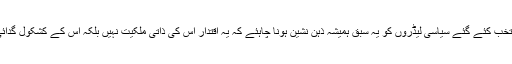
ایسی صورت میں عوام کے ذریعہ منتخب کئے گئے سیاسی لیڈروں کو یہ سبق ہمیشہ ذہن نشین ہونا چاہئے کہ یہ اقتدار اُس کی ذاتی ملکیت نہیں بلکہ اس کے کشکول گدائی میں عوام کی دی ہوئی خیرات ہے ۔